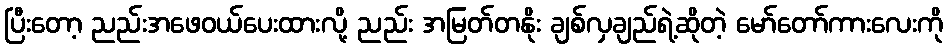
ပြီးတော့ ညည်းအဖေဝယ်ပေးထားလို့ ညည်း အမြတ်တနိုး ချစ်လှချည်ရဲ့ဆိုတဲ့ မော်တော်ကားလေးကို